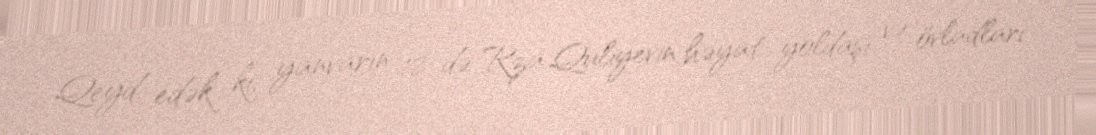
Qeyd edək ki, yanvarın 18-də Rza Quliyevin həyat yoldaşı və övladları